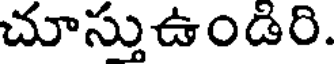
చూస్తుఉండిరి.